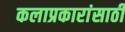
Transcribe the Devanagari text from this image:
कलाप्रकारांसाठी